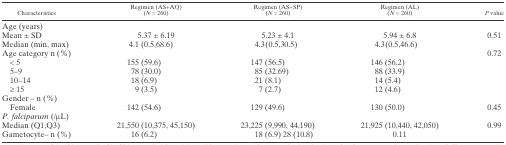
<table><thead><tr><td><b>Characteristics</b></td><td><b>Regimen (AS+AQ)(<i>N</i> = 260)</b></td><td><b>Regimen (AS+SP)(<i>N</i> = 260)</b></td><td><b>Regimen (AL)(<i>N</i> = 260)</b></td><td><b><i>P</i> value</b></td></tr></thead><tbody><tr><td colspan="5">Age (years)</td></tr><tr><td>Mean ± SD</td><td>5.37 ± 6.19</td><td>5.23 ± 4.1</td><td>5.94 ± 6.8</td><td>0.51</td></tr><tr><td>Median (min, max)</td><td>4.1 (0.5,68.6)</td><td>4.3(0.5,30.5)</td><td>4.3(0.5,46.6)</td><td></td></tr><tr><td>Age category n (%)</td><td></td><td></td><td></td><td>0.72</td></tr><tr><td> &lt; 5</td><td>155 (59.6)</td><td>147 (56.5)</td><td>146 (56.2)</td><td></td></tr><tr><td> 5–9</td><td>78 (30.0)</td><td>85 (32.69)</td><td>88 (33.9)</td><td></td></tr><tr><td> 10–14</td><td>18 (6.9)</td><td>21 (8.1)</td><td>14 (5.4)</td><td></td></tr><tr><td> ≥ 15</td><td>9 (3.5)</td><td>7 (2.7)</td><td>12 (4.6)</td><td></td></tr><tr><td colspan="5">Gender – n (%)</td></tr><tr><td>Female</td><td>142 (54.6)</td><td>129 (49.6)</td><td>130 (50.0)</td><td>0.45</td></tr><tr><td colspan="5"><i>P. falciparum</i> (/μL)</td></tr><tr><td>Median (Q1,Q3)</td><td>21,550 (10,375, 45,150)</td><td>23,225 (9,990, 44,190)</td><td>21,925 (10,440, 42,050)</td><td>0.99</td></tr><tr><td>Gametocyte– n (%)</td><td>16 (6.2)</td><td>18 (6.9) 28 (10.8)</td><td>0.11</td><td></td></tr></tbody></table>